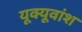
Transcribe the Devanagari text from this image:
यूक्यूवांश